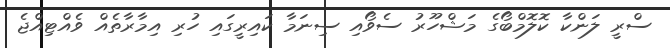
ސްރީ ލަންކާ ކޮލޮމްބޯގެ މަޝްހޫރު ސެވޯއި ސިނަމާ ކައިރީގައި ހުރި އިމާރާތެއް ވެއްޓިއްޖެ